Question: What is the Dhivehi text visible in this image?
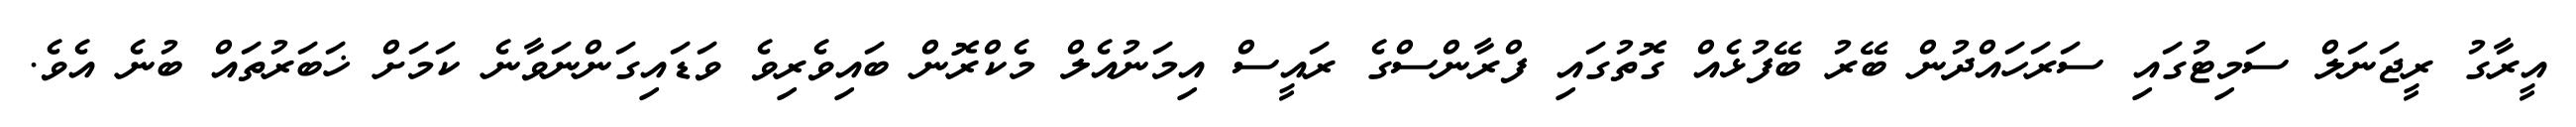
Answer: އީރާގު ރީޖަނަލް ސަމިޓުގައި ސަރަހައްދުން ބޭރު ބޭފުޅެއް ގޮތުގައި ފްރާންސްގެ ރައީސް އިމަނުއެލް މެކްރޮން ބައިވެރިވެ ވަޑައިގަންނަވާނެ ކަމަށް ޚަބަރުތައް ބުނެ އެވެ.